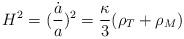
LaTeX: \begin{align*}H^2=(\frac{\dot{a}}{a})^2=\frac{\kappa}{3}(\rho_T+\rho_M)\end{align*}